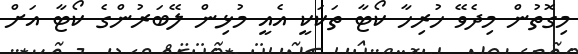
މިގޮތުން މިދެވޭ ހުރިހާ ކޯޓާ ތަކަކީ އެއީ މުޅިން ލޭބަރުންގެ ކޯޓާ އަށް